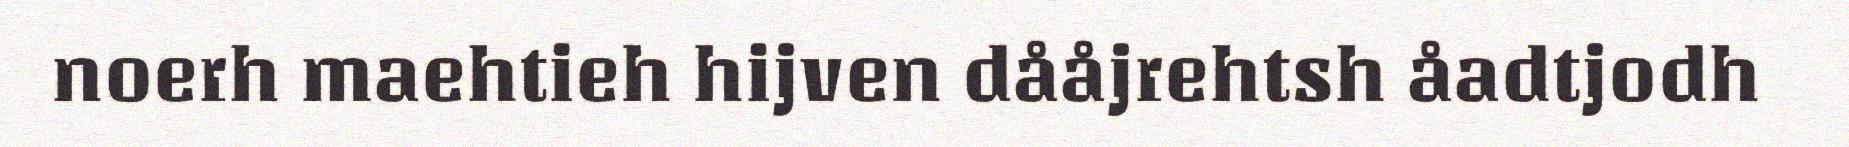
noerh maehtieh hijven dååjrehtsh åadtjodh